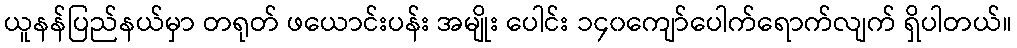
ယူနန်ပြည်နယ်မှာ တရုတ် ဖယောင်းပန်း အမျိုး ပေါင်း ၁၄၀ကျော်ပေါက်ရောက်လျက် ရှိပါတယ်။